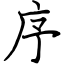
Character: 序